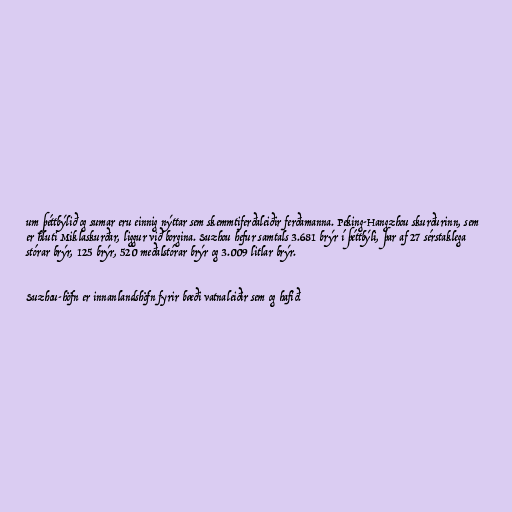
um þéttbýlið og sumar eru einnig nýttar sem skemmtiferðaleiðir ferðamanna. Peking-Hangzhou skurðurinn, sem
er hluti Miklaskurðar, liggur við borgina. Suzhou hefur samtals 3.681 brýr í þéttbýli, þar af 27 sérstaklega
stórar brýr, 125 brýr, 520 meðalstórar brýr og 3.009 litlar brýr.

Suzhou-höfn er innanlandshöfn fyrir bæði vatnaleiðir sem og hafið.